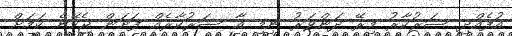
އުފެއްދި ސަރުކާރު މިރޭ ދަންވަރު ނިމި އާ ސަރުކާރެއް ފަށަން ޖެހޭނެ ކަމަށް